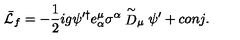
\bar { \cal L } _ { f } = - { \frac { 1 } { 2 } } i g \psi ^ { \prime \dagger } e _ { \alpha } ^ { \mu } \sigma ^ { \alpha } \stackrel { \sim } { D } _ { \mu } \psi ^ { \prime } + c o n j .